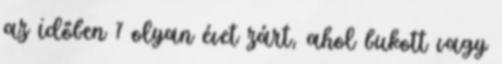
az időben 7 olyan évet zárt, ahol bukott vagy